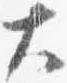
大